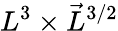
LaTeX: L^{3}\times\vec{L}^{3/2}